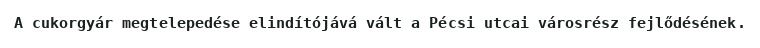
A cukorgyár megtelepedése elindítójává vált a Pécsi utcai városrész fejlődésének.